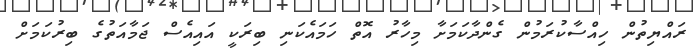
ރައްޔިތުން ހިއްސާކުރަމުން ގެންދާކަމަށާ މިހާރު އޮތް ހަމައެކަނި ބިރަކީ އައިއެސް ޖަމާއަތުގެ ބިރުކަމަށް